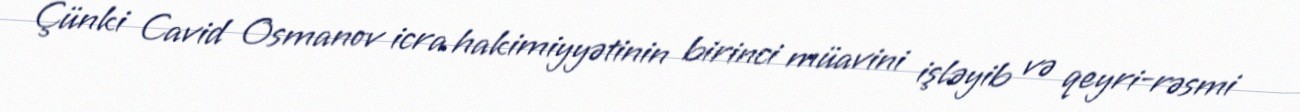
Çünki Cavid Osmanov icra hakimiyyətinin birinci müavini işləyib və qeyri-rəsmi